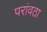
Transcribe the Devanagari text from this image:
परांवठा